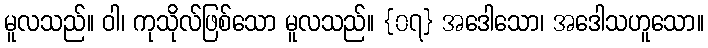
မူလသည်။ ဝါ၊ ကုသိုလ်ဖြစ်သော မူလသည်။ {၀၇} အဒေါသော၊ အဒေါသဟူသော။